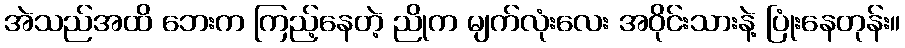
အဲသည်အထိ ဘေးက ကြည့်နေတဲ့ ညိုက မျက်လုံးလေး အဝိုင်းသားနဲ့ ပြုံးနေတုန်း။